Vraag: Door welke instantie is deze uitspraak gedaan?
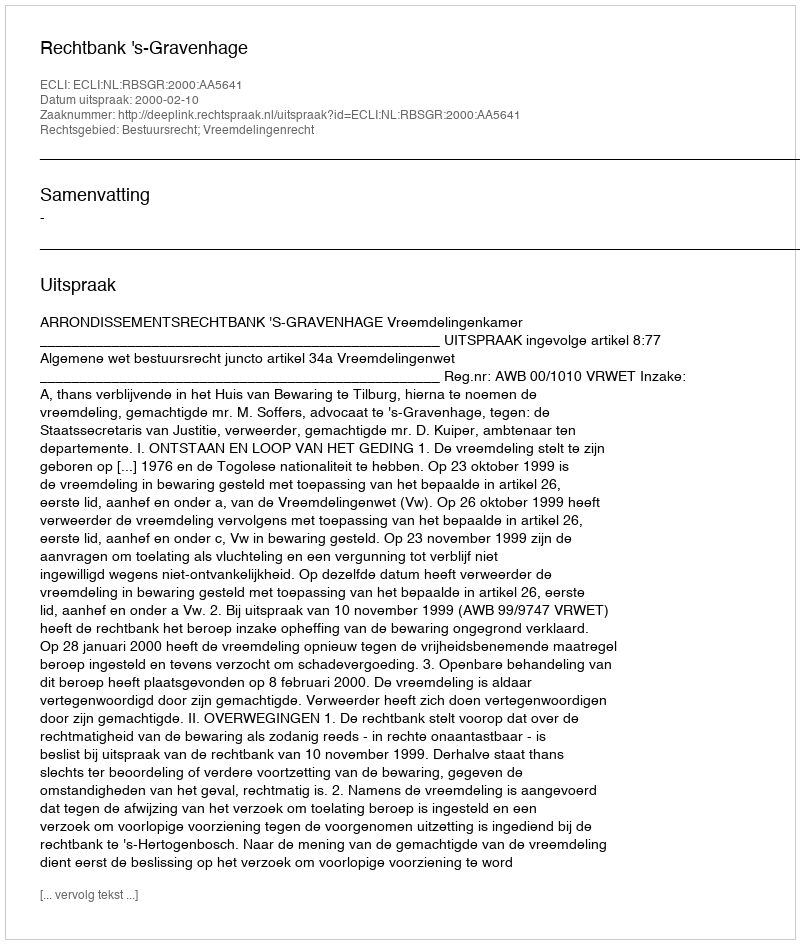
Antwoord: Rechtbank 's-Gravenhage